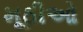
મૂઠીઓ